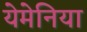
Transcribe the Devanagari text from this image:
येमेनिया